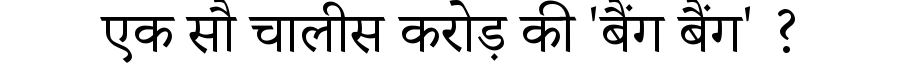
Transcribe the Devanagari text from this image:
एक सौ चालीस करोड़ की 'बैंग बैंग' ?